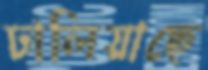
ঢালিয়াছে